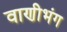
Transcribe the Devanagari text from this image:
वाणीभंग